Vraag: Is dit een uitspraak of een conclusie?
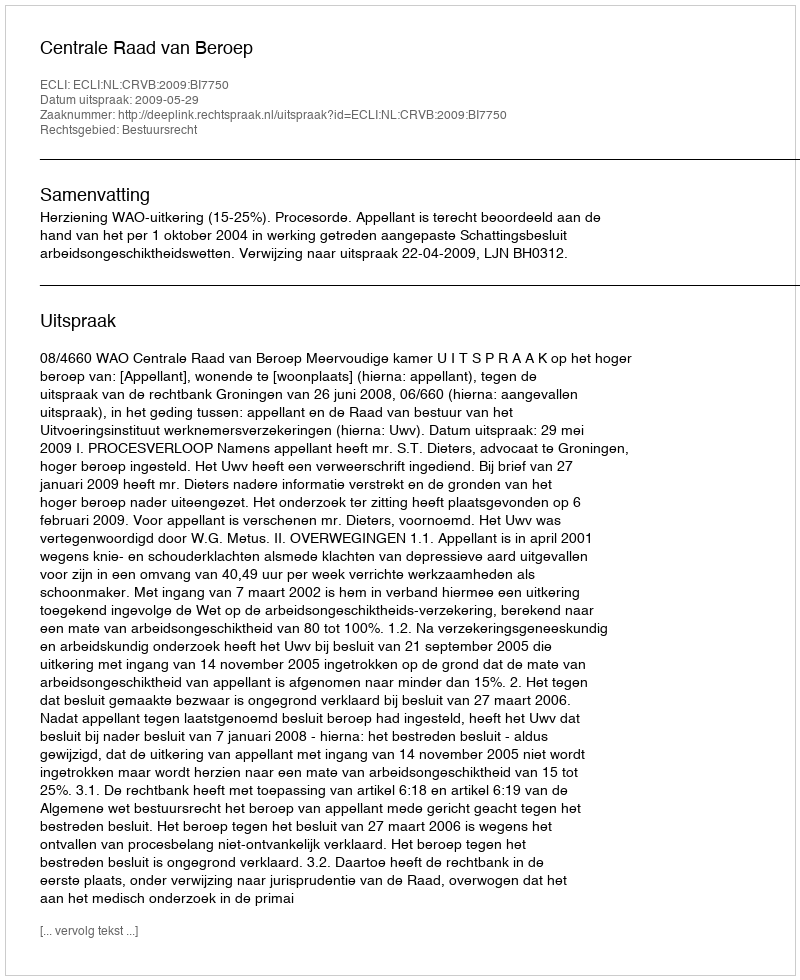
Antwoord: Uitspraak